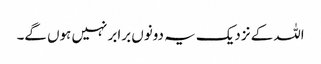
اللہ کے نزدیک یہ دونوں برابر نہیں ہوں گے۔